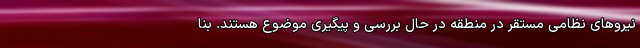
نیروهای نظامی مستقر در منطقه در حال بررسی و پیگیری موضوع هستند. بنا